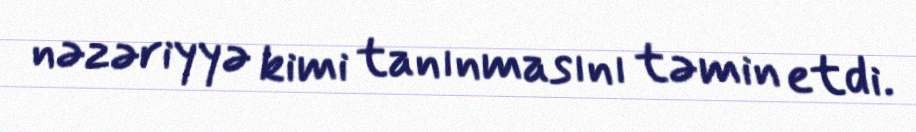
nəzəriyyə kimi tanınmasını təmin etdi.